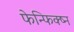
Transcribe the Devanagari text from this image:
फेन्फिक्ष्न